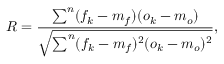
R = \frac { \sum ^ { n } ( f _ { k } - m _ { f } ) ( o _ { k } - m _ { o } ) } { \sqrt { \sum ^ { n } ( f _ { k } - m _ { f } ) ^ { 2 } ( o _ { k } - m _ { o } ) ^ { 2 } } } ,